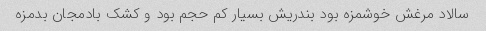
سالاد مرغش خوشمزه بود بندریش بسیار کم حجم بود و کشک بادمجان بدمزه